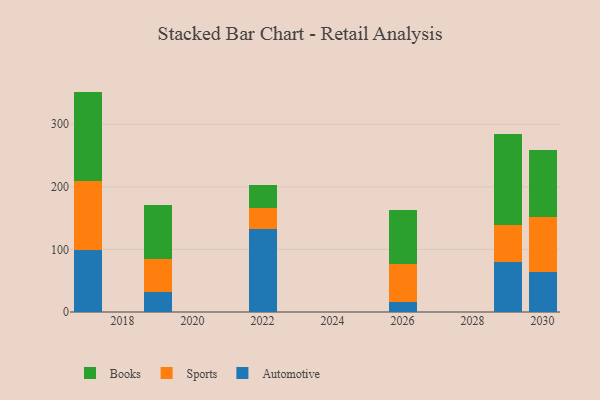
{"axis": {"x": "Year", "y": "Tickets Resolved"}, "legend": ["Automotive", "Books", "Sports"], "data": [{"x": "2019", "y": 32.1, "type": "Automotive"}, {"x": "2019", "y": 53.4, "type": "Sports"}, {"x": "2019", "y": 86.1, "type": "Books"}, {"x": "2030", "y": 63.8, "type": "Automotive"}, {"x": "2030", "y": 88.0, "type": "Sports"}, {"x": "2030", "y": 106.4, "type": "Books"}, {"x": "2029", "y": 79.2, "type": "Automotive"}, {"x": "2029", "y": 59.8, "type": "Sports"}, {"x": "2029", "y": 145.9, "type": "Books"}, {"x": "2017", "y": 98.9, "type": "Automotive"}, {"x": "2017", "y": 110.8, "type": "Sports"}, {"x": "2017", "y": 142.5, "type": "Books"}, {"x": "2022", "y": 132.8, "type": "Automotive"}, {"x": "2022", "y": 33.8, "type": "Sports"}, {"x": "2022", "y": 36.5, "type": "Books"}, {"x": "2026", "y": 16.7, "type": "Automotive"}, {"x": "2026", "y": 60.2, "type": "Sports"}, {"x": "2026", "y": 86.1, "type": "Books"}]}